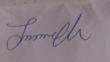
Signature authenticity: genuine